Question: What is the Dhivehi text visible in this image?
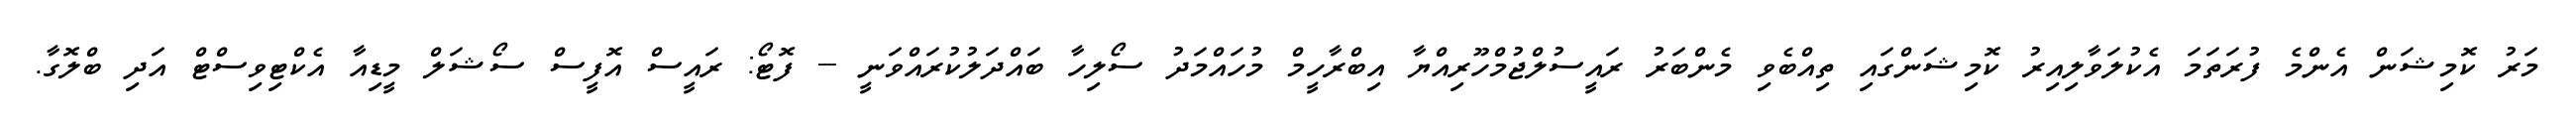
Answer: މަރު ކޮމިޝަން އެންމެ ފުރަތަމަ އެކުލަވާލިއިރު ކޮމިޝަންގައި ތިއްބެވި މެންބަރު ރައީސުލްޖުމްހޫރިއްޔާ އިބްރާހީމް މުހައްމަދު ސޯލިހާ ބައްދަލުކުރައްވަނީ -- ފޮޓޯ: ރައީސް އޮފީސް ސޯޝަލް މީޑިއާ އެކްޓިވިސްޓް އަދި ބްލޮގާ.